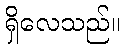
ရှိလေသည်။